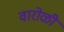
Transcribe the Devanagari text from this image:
वारोळी